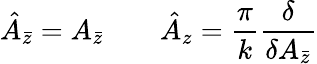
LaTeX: \hat{A}_{\bar{z}}=A_{\bar{z}}\qquad\hat{A}_{z}=\frac{\pi}{k}\frac{\delta}{\delta A_{\bar{z}}}